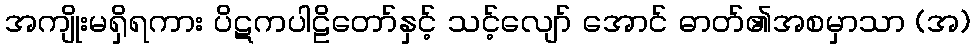
အကျိုးမရှိရကား ပိဋကပါဠိတော်နှင့် သင့်လျော် အောင် ဓာတ်၏အစမှာသာ (အ)